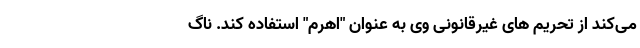
می‌کند از تحریم های غیرقانونی وی به عنوان "اهرم" استفاده کند. ناگ